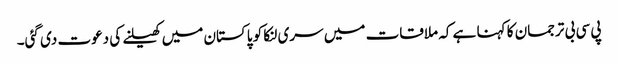
پی سی بی ترجمان کا کہنا ہے کہ ملاقات میں سری لنکا کو پاکستان میں کھیلنے کی دعوت دی گئی۔